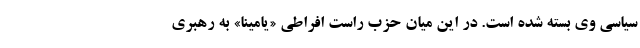
سیاسی وی بسته شده است. در این میان حزب راست افراطیِ «یامینا» به رهبری